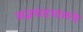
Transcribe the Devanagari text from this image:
प्राज्ञपाठशाळचे